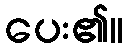
ပေး၏။